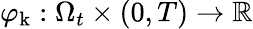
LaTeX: \varphi_{\mathrm{k}}:\Omega_{t}\times(0,T)\to\mathbb R